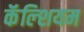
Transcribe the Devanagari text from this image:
कॅॅल्शियम